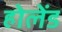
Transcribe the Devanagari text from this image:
होलेंड